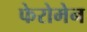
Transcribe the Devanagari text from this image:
फेरोमेन